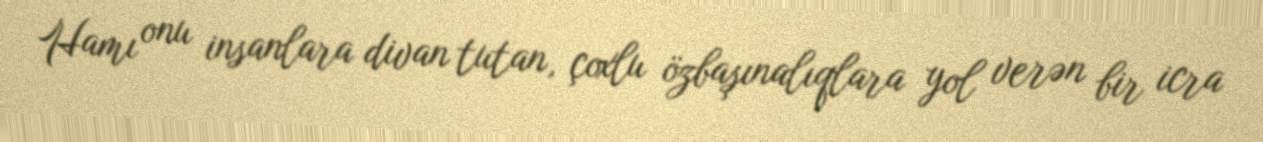
Hamı onu insanlara divan tutan, çoxlu özbaşınalıqlara yol verən bir icra